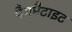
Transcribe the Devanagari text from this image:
पैगमैटाइट